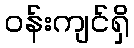
ဝန်းကျင်ရှိ